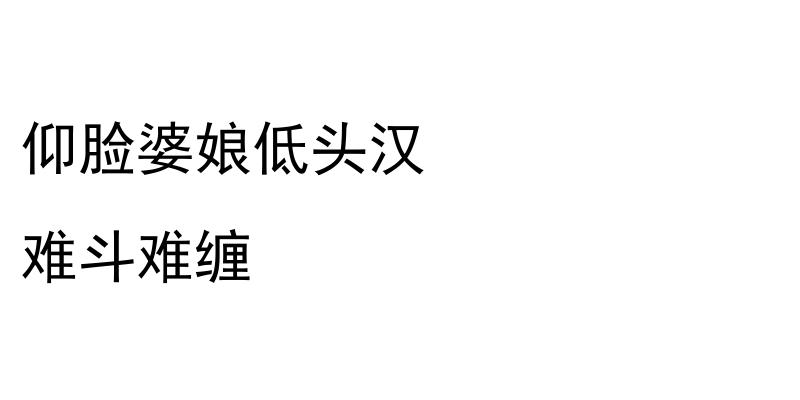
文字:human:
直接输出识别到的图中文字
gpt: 仰脸婆娘低头汉 难斗难缠